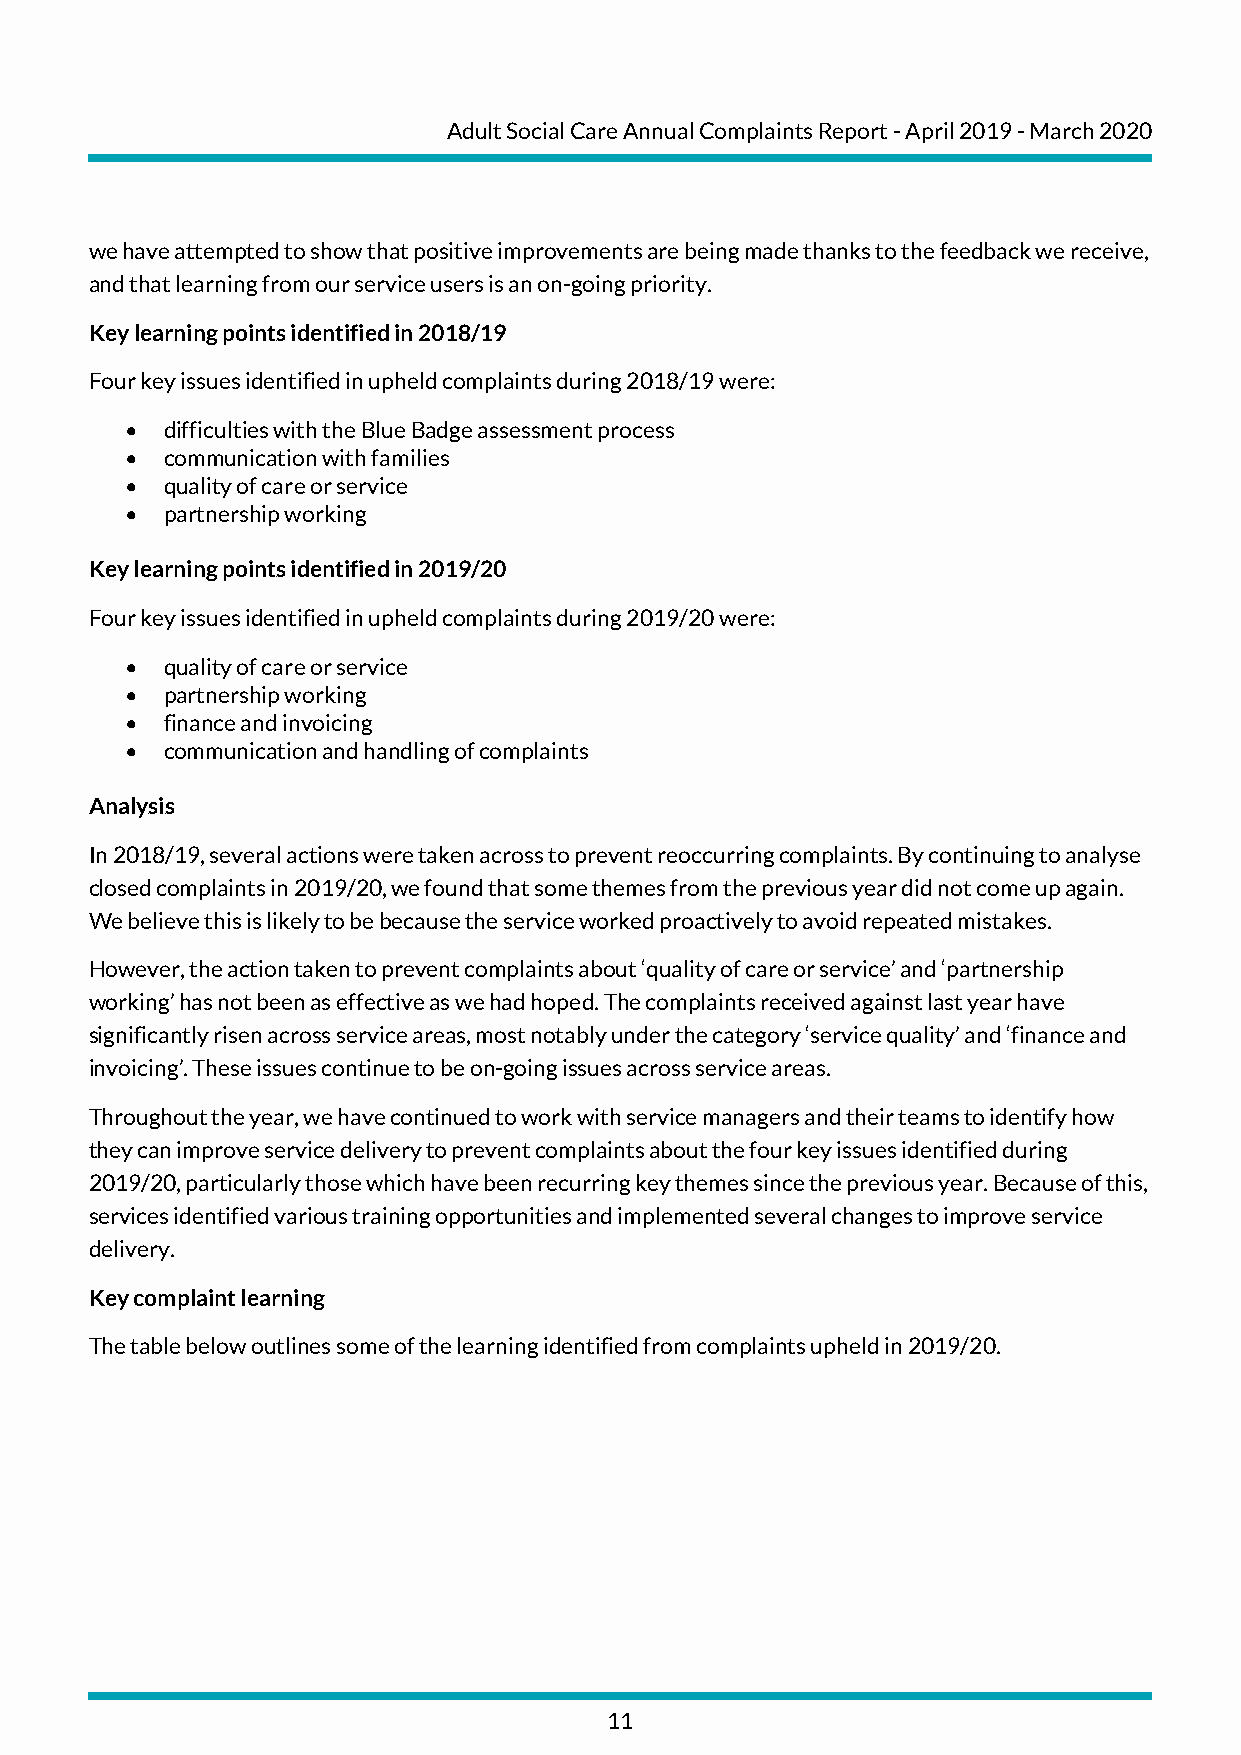
Adult Social Care Annual Complaints Report - April 2019 - March 2020
 we have attempted to show that positive improvements are being made thanks to the feedback we receive,
 and that learning from our service users is an on-going priority.
 Key learning points identified in 2018/19
 Four key issues identified in upheld complaints during 2018/19 were:
 •  difficulties with the Blue Badge assessment process
 •  communication with families
 •  quality of care or service
 •  partnership working
 Key learning points identified in 2019/20
 Four key issues identified in upheld complaints during 2019/20 were:
 •  quality of care or service
 •  partnership working
 •  finance and invoicing
 •  communication and handling of complaints
 Analysis
 In 2018/19, several actions were taken across to prevent reoccurring complaints. By continuing to analyse
 closed complaints in 2019/20, we found that some themes from the previous year did not come up again.
 We believe this is likely to be because the service worked proactively to avoid repeated mistakes.
 However, the action taken to prevent complaints about ‘quality of care or service’ and ‘partnership
 working’ has not been as effective as we had hoped. The complaints received against last year have
 significantly risen across service areas, most notably under the category ‘service quality’ and ‘finance and
 invoicing’. These issues continue to be on-going issues across service areas.
 Throughout the year, we have continued to work with service managers and their teams to identify how
 they can improve service delivery to prevent complaints about the four key issues identified during
 2019/20, particularly those which have been recurring key themes since the previous year. Because of this,
 services identified various training opportunities and implemented several changes to improve service
 delivery.
 Key complaint learning
 The table below outlines some of the learning identified from complaints upheld in 2019/20.
 11